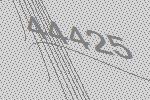
44425